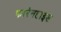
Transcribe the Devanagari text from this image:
फारेनहाइड